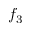
f _ { 3 }